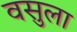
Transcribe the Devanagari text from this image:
वसुला